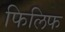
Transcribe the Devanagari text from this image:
फिलिफ